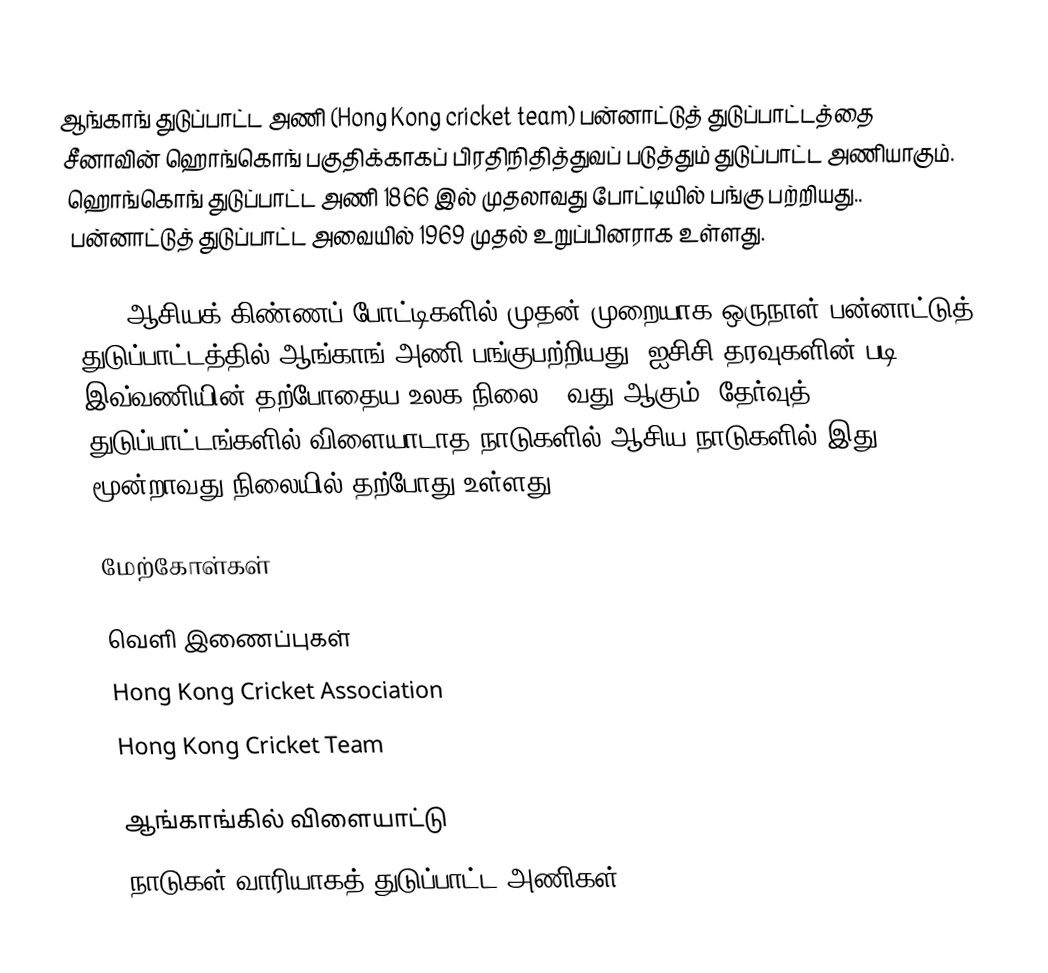
ஆங்காங் துடுப்பாட்ட அணி (Hong Kong cricket team) பன்னாட்டுத் துடுப்பாட்டத்தை சீனாவின் ஹொங்கொங் பகுதிக்காகப் பிரதிநிதித்துவப் படுத்தும் துடுப்பாட்ட அணியாகும். ஹொங்கொங் துடுப்பாட்ட அணி 1866 இல் முதலாவது போட்டியில் பங்கு பற்றியது.. பன்னாட்டுத் துடுப்பாட்ட அவையில் 1969 முதல் உறுப்பினராக உள்ளது.

2004 ஆசியக் கிண்ணப் போட்டிகளில் முதன் முறையாக ஒருநாள் பன்னாட்டுத் துடுப்பாட்டத்தில் ஆங்காங் அணி பங்குபற்றியது. ஐசிசி தரவுகளின் படி இவ்வணியின் தற்போதைய உலக நிலை 20வது ஆகும். தேர்வுத் துடுப்பாட்டங்களில் விளையாடாத நாடுகளில் ஆசிய நாடுகளில் இது மூன்றாவது நிலையில் தற்போது உள்ளது.

மேற்கோள்கள்

வெளி இணைப்புகள்
Hong Kong Cricket Association
Hong Kong Cricket Team

ஆங்காங்கில் விளையாட்டு
நாடுகள் வாரியாகத் துடுப்பாட்ட அணிகள்